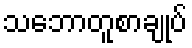
သဘောတူစာချုပ်